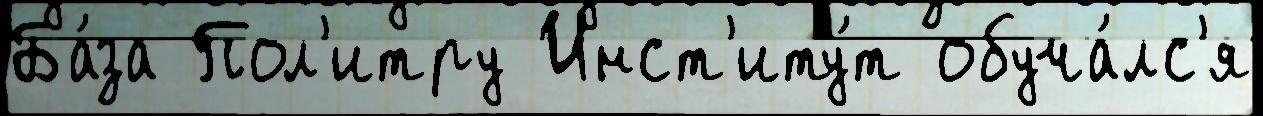
Ба́за Пол'итру Инст'иту́т обуча́лс'я